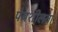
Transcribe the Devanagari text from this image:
पेयशीलता